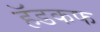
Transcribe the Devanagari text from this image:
हॅडकफ